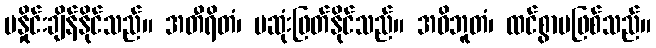
မနှိုင်းချိန်နိုင်သည်။ အတီရိတံ၊ မဆုံးဖြတ်နိုင်သည်။ အဝိဘူတံ၊ ထင်စွာမဖြစ်သည်။